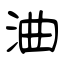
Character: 浀